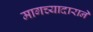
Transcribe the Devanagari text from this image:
मागच्यादाराने